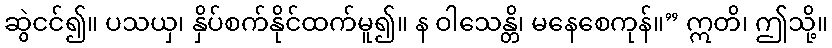
ဆွဲငင်၍။ ပသယှ၊ နှိပ်စက်နိုင်ထက်မူ၍။ န ဝါသေန္တိ၊ မနေစေကုန်။” ဣတိ၊ ဤသို့။